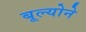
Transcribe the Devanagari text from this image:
बूल्योने